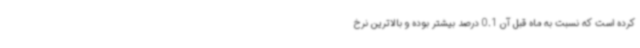
کرده است که نسبت به ماه قبل آن 0.1 درصد بیشتر بوده و بالاترین نرخ